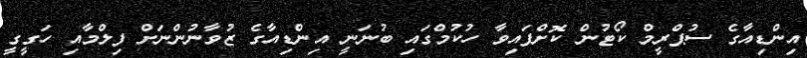
އިންޑިއާގެ ސުޕްރީމް ކޯޓުން ކޮށްފައިވާ ހުކުމްގައި ބުނަނީ އިންޑިއާގެ ޒުވާނުންނަށް ފިލްމާއި ހަގީގީ